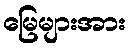
မြေများအား